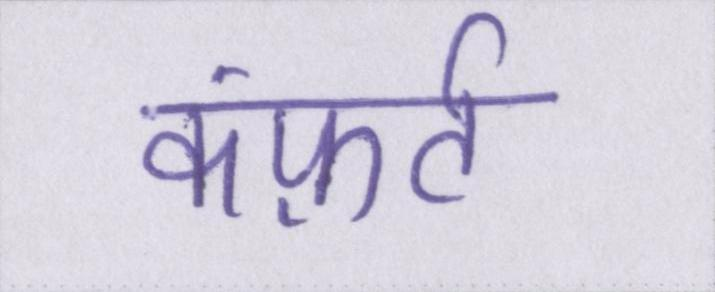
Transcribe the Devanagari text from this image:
कंफ़र्ट